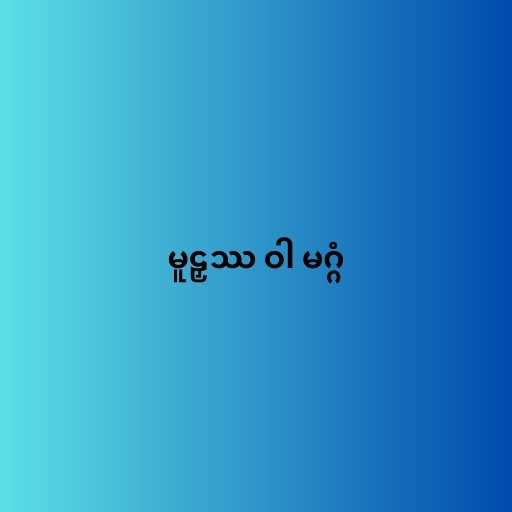
မူဠှဿ ဝါ မဂ္ဂံ